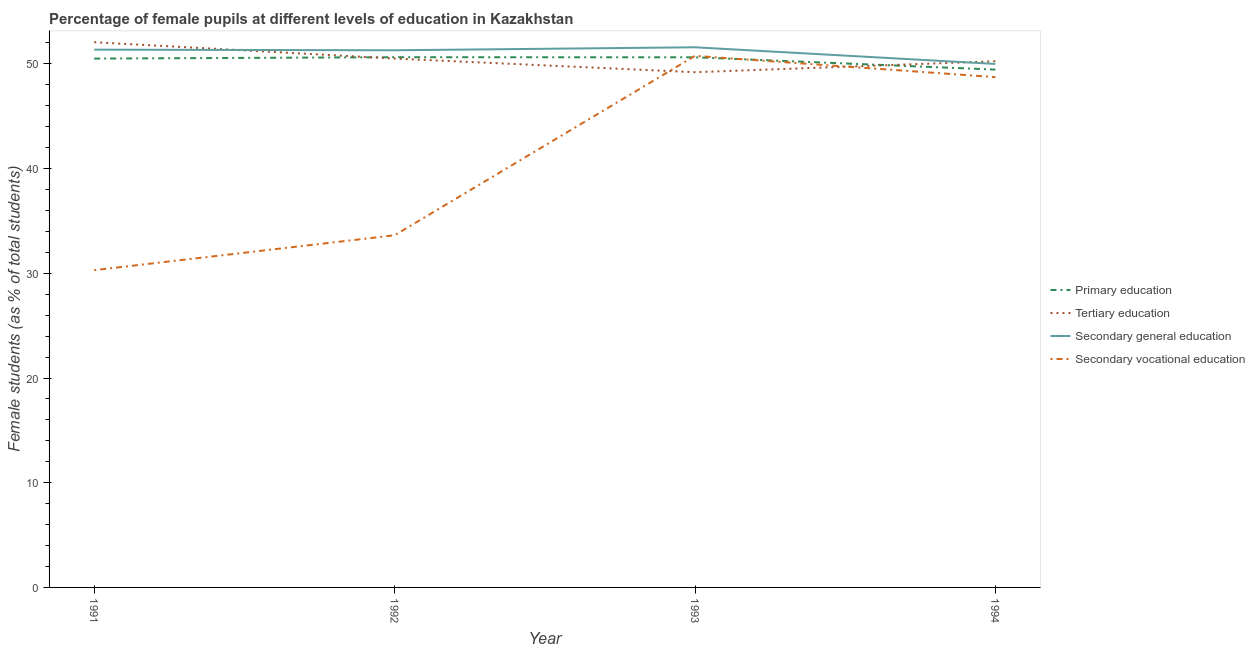
| Year | Primary education | Tertiary education | Secondary general education | Secondary vocational education |
 | --- | --- | --- | --- | --- |
 | 1991 | 50.5 | 52.1 | 51.4 | 30.3 |
 | 1992 | 50.6 | 50.5 | 51.3 | 33.6 |
 | 1993 | 50.6 | 49.2 | 51.6 | 50.8 |
 | 1994 | 49.5 | 50.3 | 50 | 48.7 |